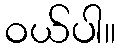
ဝယ်ပါ။